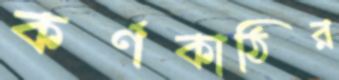
কর্ণকাঠির